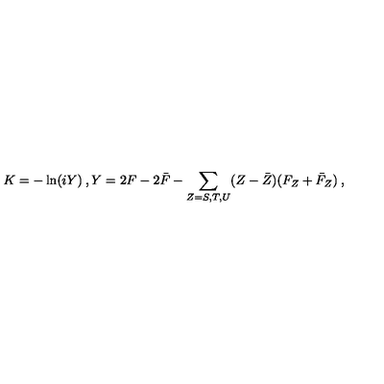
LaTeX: K = - \ln ( i Y ) \: , Y = 2 F - 2 \bar { F } - { \sum _ { Z = S , T , U } } ( Z - \bar { Z } ) ( F _ { Z } + \bar { F } _ { Z } ) \: ,